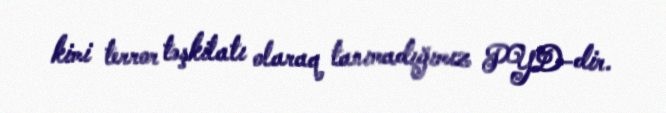
kimi terror təşkilatı olaraq tanımadığımız PYD-dir.